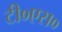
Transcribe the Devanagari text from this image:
टी०एस०